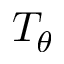
T _ { \theta }